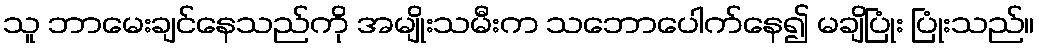
သူ ဘာမေးချင်နေသည်ကို အမျိုးသမီးက သဘောပေါက်နေ၍ မချိပြုံး ပြုံးသည်။